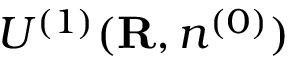
{ \cal U } ^ { ( 1 ) } ( { \bf R } , n ^ { ( 0 ) } )